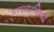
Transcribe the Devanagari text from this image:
भस्मधानियाँ